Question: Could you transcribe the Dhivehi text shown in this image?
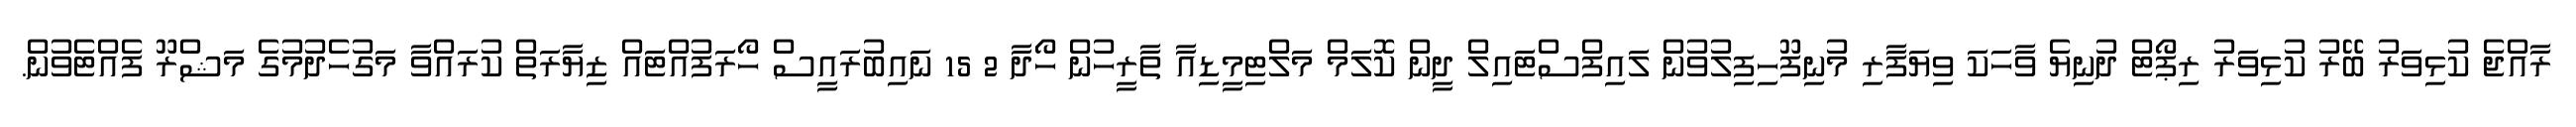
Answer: ރާއްޖެ ކުޅިވަރު ބޭރު ކުޅިވަރު ރިޕޯޓް ދުނިޔެ ވާހަކަ ވިޔަފާރި މުނިފޫހިފިލުވުން ލައިފްސްޓައިލް ދީން ކޮލަމް މަލްޓިމީޑިއާ ތާރީހުން ހޯދާ 2 15 ނައިބުރައީސް ހޯރަފުއްޓައް ޒިޔާރަތް ކުރައްވާ މަގުހެދުމުގެ މަޝްރޫ ފެއްޓެވުން.